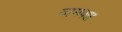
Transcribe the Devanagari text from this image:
वामपक्ष